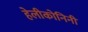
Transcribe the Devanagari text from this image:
हेलीकोनिनी